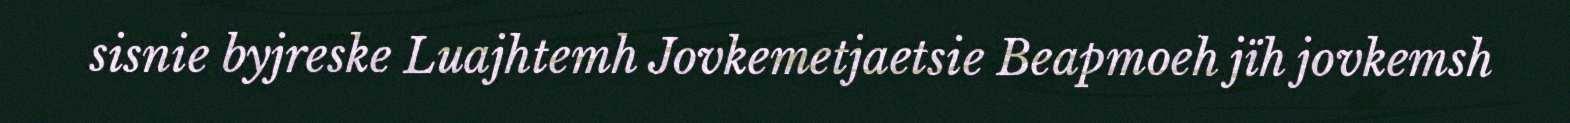
sisnie byjreske Luajhtemh Jovkemetjaetsie Beapmoeh jïh jovkemsh